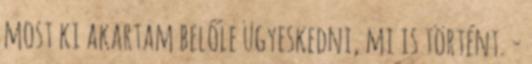
most ki akartam belőle ügyeskedni, mi is történt. -